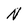
Character: N